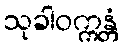
သုခါဝက္ကန္တံ